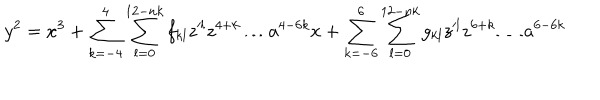
y ^ { 2 } = x ^ { 3 } + \sum _ { k = - 4 } ^ { 4 } \sum _ { l = 0 } ^ { 1 2 - n k } f _ { k l } z ^ { \prime l } z ^ { 4 + k } \ldots a ^ { 4 - 6 k } x + \sum _ { k = - 6 } ^ { 6 } \sum _ { l = 0 } ^ { 1 2 - n k } g _ { k l } z ^ { \prime l } z ^ { 6 + k } \ldots a ^ { 6 - 6 k }